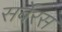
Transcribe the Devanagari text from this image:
सर्बेरस